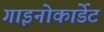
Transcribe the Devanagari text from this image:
गाइनोकार्डेट